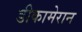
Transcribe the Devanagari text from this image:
डीकामेरान